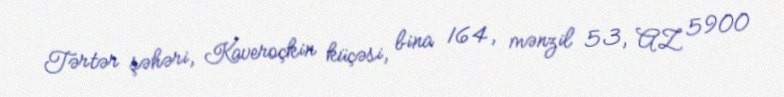
Tərtər şəhəri, Kaveroçkin küçəsi, bina 164, mənzil 53, AZ 5900